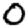
Digit: 0